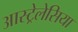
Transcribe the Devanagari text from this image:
आस्ट्रेलेसिया